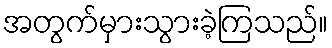
အတွက်မှားသွားခဲ့ကြသည်။